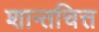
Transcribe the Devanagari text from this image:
शान्तचित्त